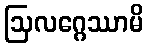
ဩလဂ္ဂေဿာမိ